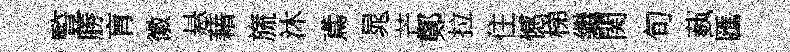
䜿勝肓徽悬藉旒沐鳶晁芒鄭拉住憾梯繼関旬蓺匯